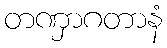
တဏှာဂတာနံ